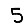
Digit: 5